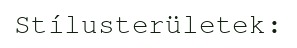
Stílusterületek: